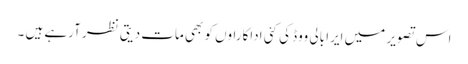
اس تصویر میں ایرا بالی ووڈ کی کئی اداکاراوں کو بھی مات دیتی نظر آرہے ہیں ۔